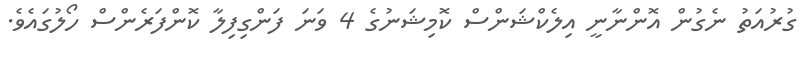
ގުރުއަތު ނެގުން އޮންނާނީ އިލެކްޝަންސް ކޮމިޝަނުގެ 4 ވަނަ ފަންގިފިލާ ކޮންފަރެންސް ހޯލުގައެވެ.